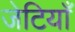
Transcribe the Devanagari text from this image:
जेटियाँ